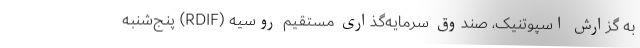
به گزارش اسپوتنیک، صندوق سرمایه‌گذاری مستقیم روسیه (RDIF) پنج‌شنبه